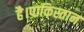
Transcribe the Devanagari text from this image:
है।पाकिस्तान